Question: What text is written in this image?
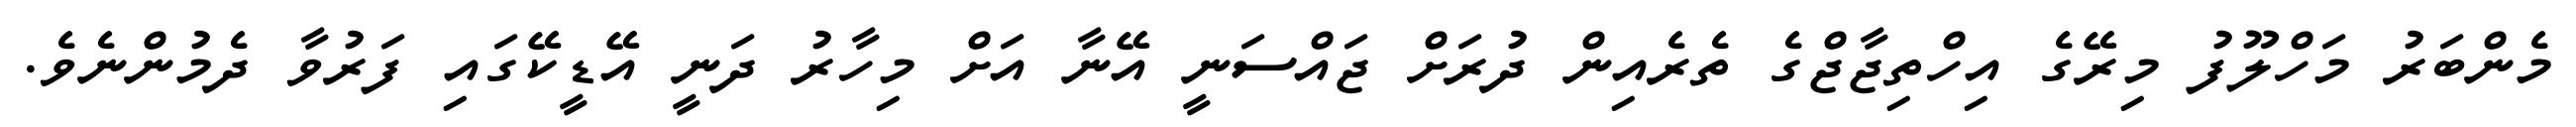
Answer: މެންބަރު މަހްލޫފު މިރޭގެ އިހްތިޖާޖްގެ ތެރެއިން ދުރަށް ޖައްސަނީ އޭނާ އަށް މިހާރު ދަނީ އޭޑީކޭގައި ފަރުވާ ދެމުންނެވެ.